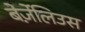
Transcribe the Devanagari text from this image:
बेर्ज़ेलिउस